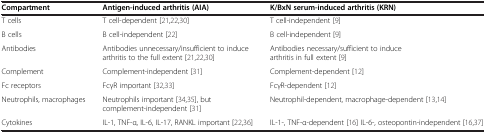
| Compartment | Antigen-induced arthritis (AIA) | K/BxN serum-induced arthritis (KRN) |
 | --- | --- | --- |
 | T cells | T cell-dependent [21,22,30] | T cell-independent [9] |
 | B cells | B cell-independent [22] | B cell-independent [9] |
 | Antibodies | Antibodies unnecessary/insufficient to induce arthritis to the full extent [21,22,30] | Antibodies necessary/sufficient to induce arthritis in full extent [9] |
 | Complement | Complement-independent [31] | Complement-dependent [12] |
 | Fc receptors | FcγR important [32,33] | FcγR-dependent [12] |
 | Neutrophils, macrophages | Neutrophils important [34,35], but complement-independent [31] | Neutrophil-dependent, macrophage-dependent [13,14] |
 | Cytokines | IL-1, TNF-α, IL-6, IL-17, RANKL important [22,36] | IL-1-, TNF-α-dependent [16] IL-6-, osteopontin-independent [16,37] |